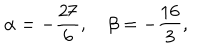
\alpha = - \frac { 2 7 } { 6 } , \quad \beta = - \frac { 1 6 } { 3 } ,